65_HS1-834228961_62-HQ-83894_Section_5
Agency: FBI
Page 120
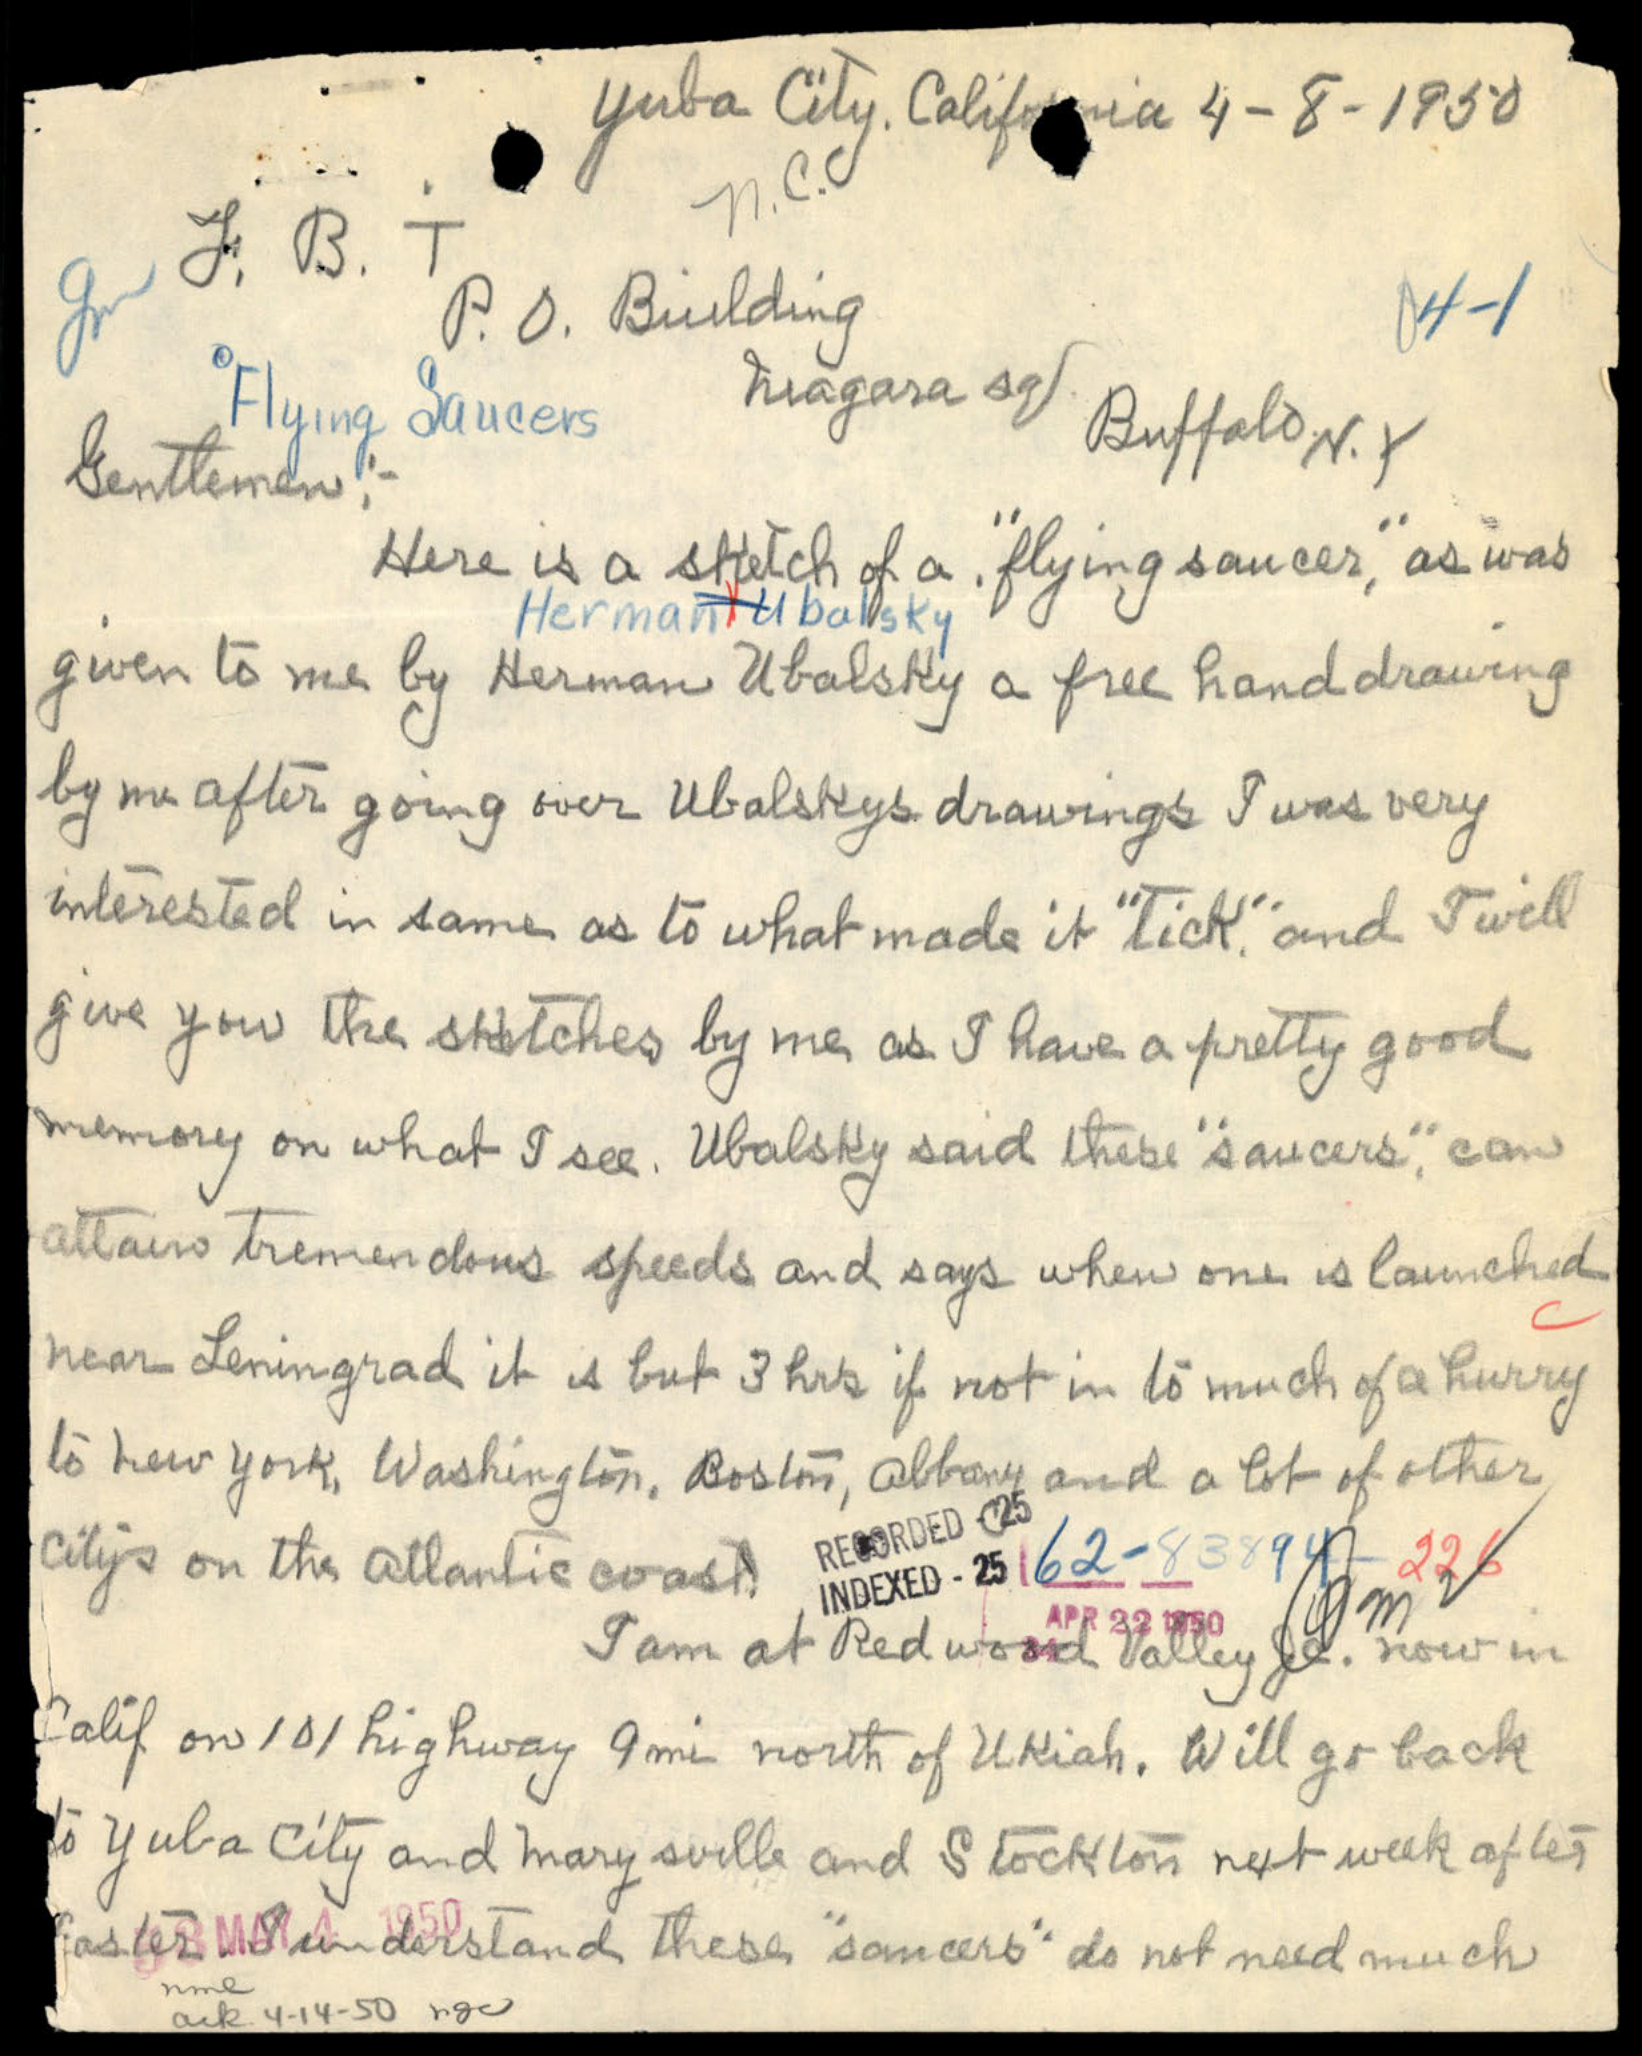